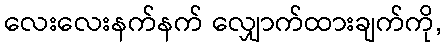
လေးလေးနက်နက် လျှောက်ထားချက်ကို,